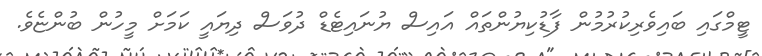
ޓީމްގައި ބައިވެރިކުރުމުން ފާޑުކިޔުންތައް އައިސް ޔުނައިޓެޑް ދުވަސް ދިޔައީ ކަމަށް މީހުން ބުންޏެވެ.